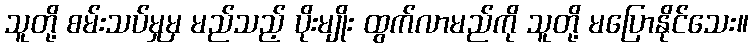
သူတို့ စမ်းသပ်မှုမှ မည်သည့် ပိုးမျိုး ထွက်လာမည်ကို သူတို့ မပြောနိုင်သေး။